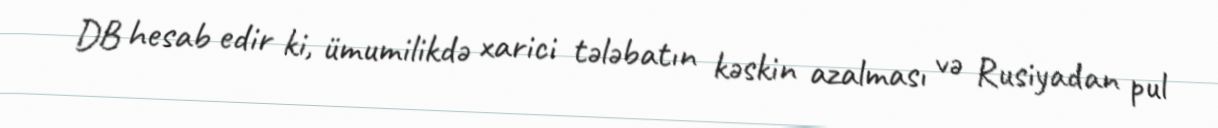
DB hesab edir ki, ümumilikdə xarici tələbatın kəskin azalması və Rusiyadan pul